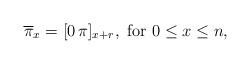
LaTeX: \begin{align*}\overline\pi_x=[0\,\pi]_{x+r},\mbox{ for }0\le x \le n,\end{align*}